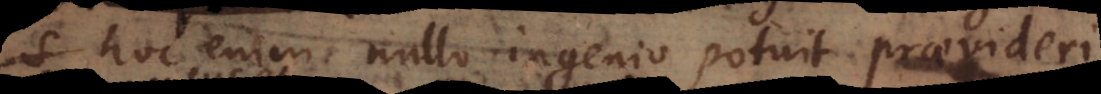
s hoc enim nullo ingenio potuit praevideri,